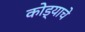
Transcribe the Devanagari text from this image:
कोड्याचे